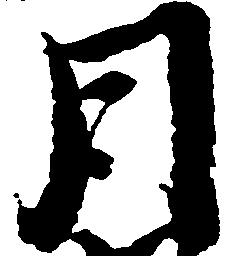
月